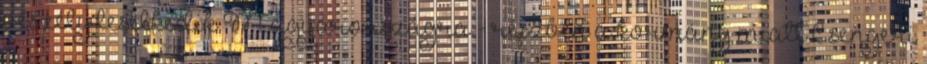
veszély leselkedik Magyarországra - részben a kormány miatt Csengeri